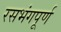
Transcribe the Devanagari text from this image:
रसभंगपूर्ण